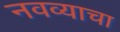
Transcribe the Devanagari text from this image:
नवव्याचा